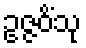
ဥဇ္ဇဝိံသု